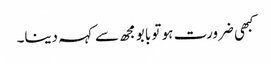
کبھی ضرورت ہو تو بابو مجھ سے کہہ دینا۔